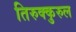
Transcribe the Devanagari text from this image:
तिरुक्कुरुल